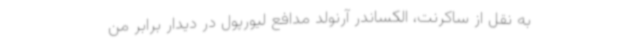
به نقل از ساکرنت، الکساندر آرنولد مدافع لیورپول در دیدار برابر من